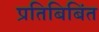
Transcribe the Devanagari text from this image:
प्रतिबिबिंत